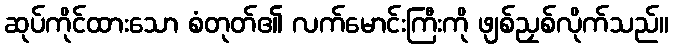
ဆုပ်ကိုင်ထားသော စံတုတ်၏ လက်မောင်းကြီးကို ဖျစ်ညှစ်လိုက်သည်။